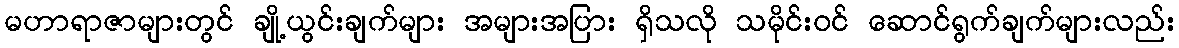
မဟာရာဇာများတွင် ချို့ယွင်းချက်များ အများအပြား ရှိသလို သမိုင်းဝင် ဆောင်ရွက်ချက်များလည်း